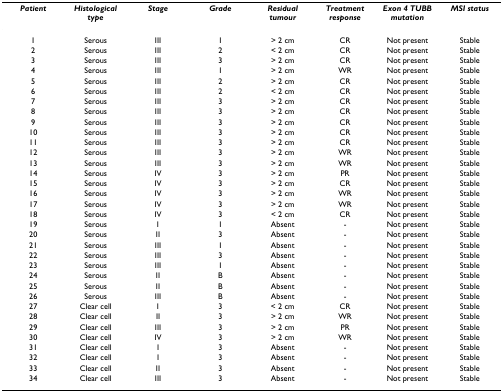
<table><thead><tr><td><b><i>Patient</i></b></td><td><b><i>Histological type</i></b></td><td><b><i>Stage</i></b></td><td><b><i>Grade</i></b></td><td><b><i>Residual tumour</i></b></td><td><b><i>Treatment response</i></b></td><td><b><i>Exon 4 TUBB mutation</i></b></td><td><b><i>MSI status</i></b></td></tr></thead><tbody><tr><td>1</td><td>Serous</td><td>III</td><td>1</td><td>&gt; 2 cm</td><td>CR</td><td>Not present</td><td>Stable</td></tr><tr><td>2</td><td>Serous</td><td>III</td><td>2</td><td>&lt; 2 cm</td><td>CR</td><td>Not present</td><td>Stable</td></tr><tr><td>3</td><td>Serous</td><td>III</td><td>3</td><td>&gt; 2 cm</td><td>CR</td><td>Not present</td><td>Stable</td></tr><tr><td>4</td><td>Serous</td><td>III</td><td>1</td><td>&gt; 2 cm</td><td>WR</td><td>Not present</td><td>Stable</td></tr><tr><td>5</td><td>Serous</td><td>III</td><td>2</td><td>&gt; 2 cm</td><td>CR</td><td>Not present</td><td>Stable</td></tr><tr><td>6</td><td>Serous</td><td>III</td><td>2</td><td>&lt; 2 cm</td><td>CR</td><td>Not present</td><td>Stable</td></tr><tr><td>7</td><td>Serous</td><td>III</td><td>3</td><td>&gt; 2 cm</td><td>CR</td><td>Not present</td><td>Stable</td></tr><tr><td>8</td><td>Serous</td><td>III</td><td>3</td><td>&gt; 2 cm</td><td>CR</td><td>Not present</td><td>Stable</td></tr><tr><td>9</td><td>Serous</td><td>III</td><td>3</td><td>&gt; 2 cm</td><td>CR</td><td>Not present</td><td>Stable</td></tr><tr><td>10</td><td>Serous</td><td>III</td><td>3</td><td>&gt; 2 cm</td><td>CR</td><td>Not present</td><td>Stable</td></tr><tr><td>11</td><td>Serous</td><td>III</td><td>3</td><td>&gt; 2 cm</td><td>CR</td><td>Not present</td><td>Stable</td></tr><tr><td>12</td><td>Serous</td><td>III</td><td>3</td><td>&gt; 2 cm</td><td>WR</td><td>Not present</td><td>Stable</td></tr><tr><td>13</td><td>Serous</td><td>III</td><td>3</td><td>&gt; 2 cm</td><td>WR</td><td>Not present</td><td>Stable</td></tr><tr><td>14</td><td>Serous</td><td>IV</td><td>3</td><td>&gt; 2 cm</td><td>PR</td><td>Not present</td><td>Stable</td></tr><tr><td>15</td><td>Serous</td><td>IV</td><td>3</td><td>&gt; 2 cm</td><td>CR</td><td>Not present</td><td>Stable</td></tr><tr><td>16</td><td>Serous</td><td>IV</td><td>3</td><td>&gt; 2 cm</td><td>WR</td><td>Not present</td><td>Stable</td></tr><tr><td>17</td><td>Serous</td><td>IV</td><td>3</td><td>&gt; 2 cm</td><td>WR</td><td>Not present</td><td>Stable</td></tr><tr><td>18</td><td>Serous</td><td>IV</td><td>3</td><td>&lt; 2 cm</td><td>CR</td><td>Not present</td><td>Stable</td></tr><tr><td>19</td><td>Serous</td><td>I</td><td>1</td><td>Absent</td><td>-</td><td>Not present</td><td>Stable</td></tr><tr><td>20</td><td>Serous</td><td>II</td><td>3</td><td>Absent</td><td>-</td><td>Not present</td><td>Stable</td></tr><tr><td>21</td><td>Serous</td><td>III</td><td>1</td><td>Absent</td><td>-</td><td>Not present</td><td>Stable</td></tr><tr><td>22</td><td>Serous</td><td>III</td><td>3</td><td>Absent</td><td>-</td><td>Not present</td><td>Stable</td></tr><tr><td>23</td><td>Serous</td><td>III</td><td>1</td><td>Absent</td><td>-</td><td>Not present</td><td>Stable</td></tr><tr><td>24</td><td>Serous</td><td>II</td><td>B</td><td>Absent</td><td>-</td><td>Not present</td><td>Stable</td></tr><tr><td>25</td><td>Serous</td><td>II</td><td>B</td><td>Absent</td><td>-</td><td>Not present</td><td>Stable</td></tr><tr><td>26</td><td>Serous</td><td>III</td><td>B</td><td>Absent</td><td>-</td><td>Not present</td><td>Stable</td></tr><tr><td>27</td><td>Clear cell</td><td>I</td><td>3</td><td>&lt; 2 cm</td><td>CR</td><td>Not present</td><td>Stable</td></tr><tr><td>28</td><td>Clear cell</td><td>II</td><td>3</td><td>&gt; 2 cm</td><td>WR</td><td>Not present</td><td>Stable</td></tr><tr><td>29</td><td>Clear cell</td><td>III</td><td>3</td><td>&gt; 2 cm</td><td>PR</td><td>Not present</td><td>Stable</td></tr><tr><td>30</td><td>Clear cell</td><td>IV</td><td>3</td><td>&gt; 2 cm</td><td>WR</td><td>Not present</td><td>Stable</td></tr><tr><td>31</td><td>Clear cell</td><td>I</td><td>3</td><td>Absent</td><td>-</td><td>Not present</td><td>Stable</td></tr><tr><td>32</td><td>Clear cell</td><td>I</td><td>3</td><td>Absent</td><td>-</td><td>Not present</td><td>Stable</td></tr><tr><td>33</td><td>Clear cell</td><td>II</td><td>3</td><td>Absent</td><td>-</td><td>Not present</td><td>Stable</td></tr><tr><td>34</td><td>Clear cell</td><td>III</td><td>3</td><td>Absent</td><td>-</td><td>Not present</td><td>Stable</td></tr></tbody></table>